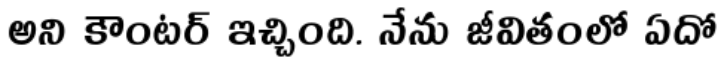
అని కౌంటర్ ఇచ్చింది. నేను జీవితంలో ఏదో